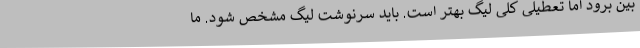
بین برود اما تعطیلی کلی لیگ بهتر است. باید سرنوشت لیگ مشخص شود. ما